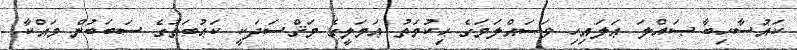
ކައުސާހިބާ ޞައްލަ ޢަލައިހި ވަސައްލަމަގެ ޙިކުމަތު ޢަމަލީގެ މަޤްސަދަކީ ކަޢުބަތުގެ ސަބަބުން މައްކާ